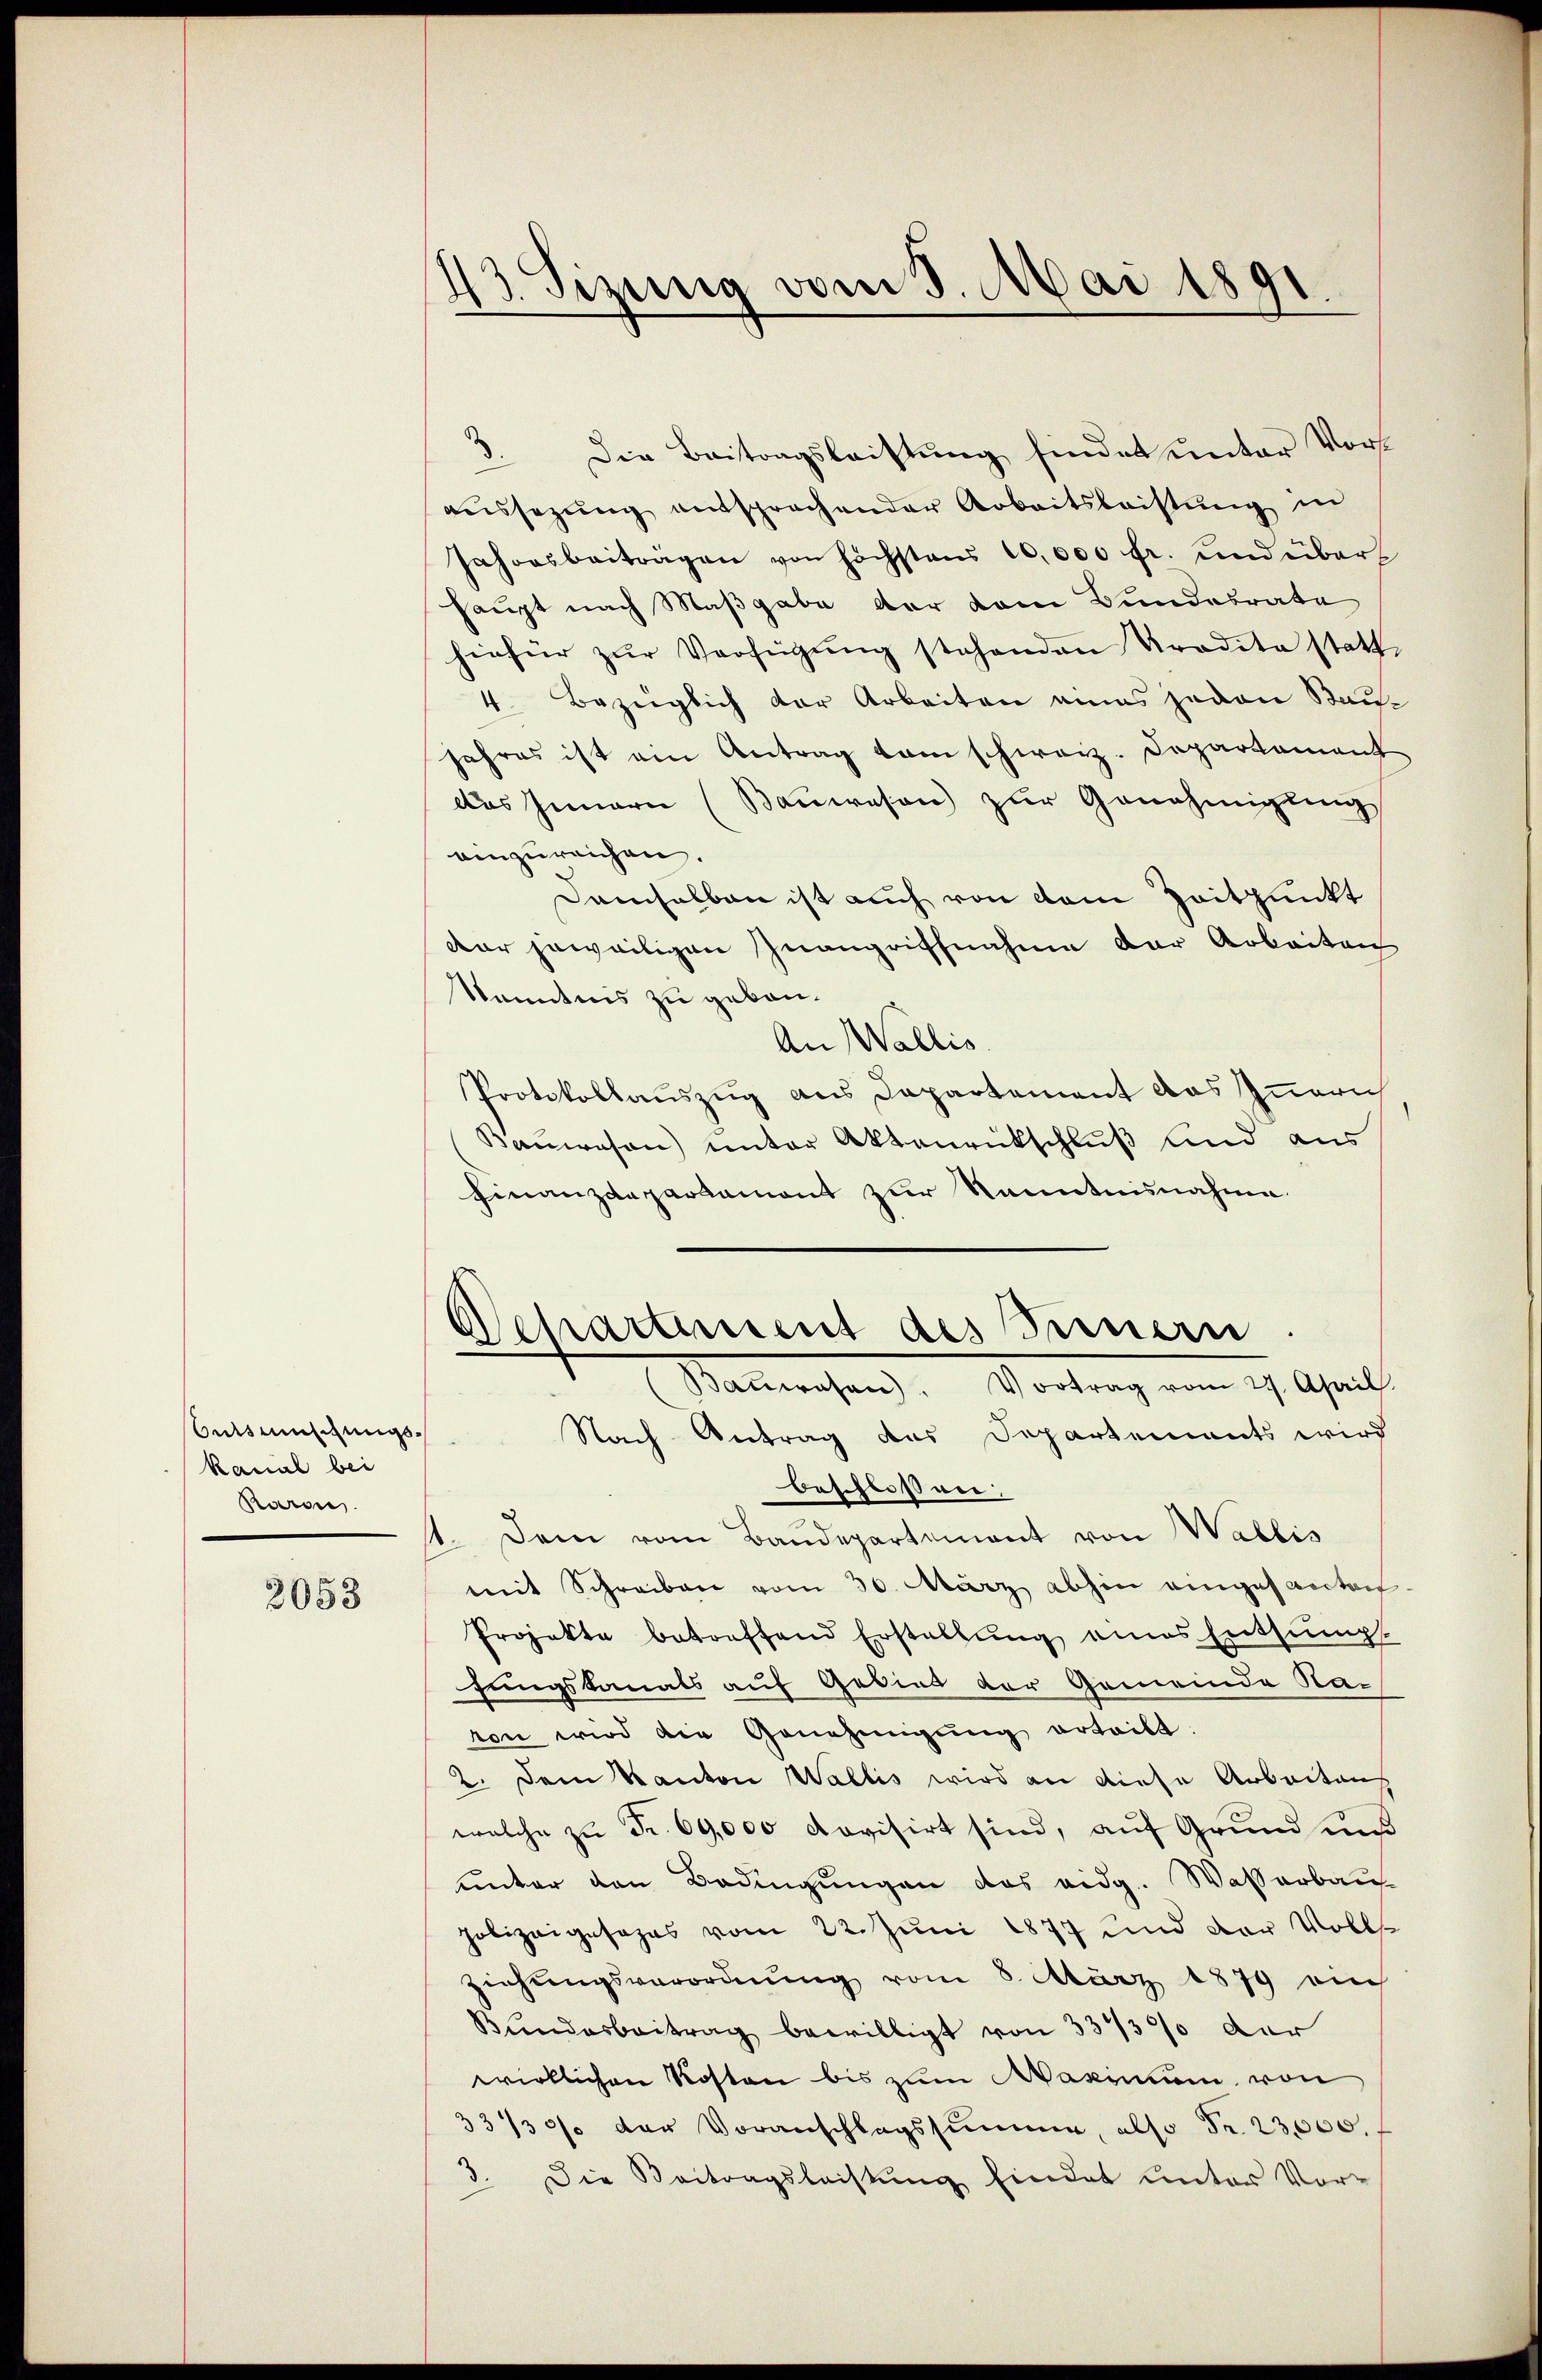
betsmischungs-
kanal bei
Raron

2053

Sizung vom 3. Mai 1891.

Die Beitragsleistung findet unter Vors
aŭssezŭng entsprachender Arbeitsleistŭng in
Jahresbeiträgen von höchstens 10,000 fr. und über
haupt nach Maßgabe der vom Bundesrate
hiefür zŭr Verfügŭng stehenden Tradita statt
4. Bezüglich der Arbeiten eines jeden Bau¬
Jahres ist ein Antrag vom schweiz. Departement
das Innern (Bauwesen zur Genehmigung
einzureichen.
Demselben ist auch von dem Zeitpunkt
Dar jeweiligen Inangriffnahme der Arbeiten
Kenntnis zu gebau.
An Wallis
Protokollauszug aus Departement das Innern
Bauwesen) unter Aktenrückschluß und aus
Finanzdepartament zur Kenntnisnahme.
Departement des Fernern
Baŭwesen. Vortrag vom 27. April.
Nach Antrag des Departements wird
beschloßen.
41. Dem vom Baŭdepartement von Wallis
mit Schreiben vom 30. März abhin eingesanten-
Projekte betreffend Erstellŭng eines Entsumpf
fungskanals auf Gebiet der Gemeinde Navon wird die Genehmigŭng erteilt
2. Dem Kanton Wallis wird an diese Arbeitung
welche zu Fr. 60,000 dovisirt sind, auf Grund und
unter den Bedingungen das eidg. Wasserbau-
polizeigesages vom 22. Juni 1877 und der Vollziehungsverordnung vom 8. März 1879 ein
Bundesbeitrag bewilligt von 337/3% der
wirklichen Kosten bis zum Maximum von
33130 der Voranschlagssumme, also Fr. 23,000.
3. Die Beitragsleistŭng findet unter Vor-